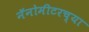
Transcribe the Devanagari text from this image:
नॅनोमीटरच्या